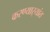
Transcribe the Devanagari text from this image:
करण्यार्‍यांत